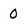
Character: 0